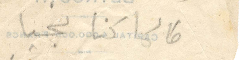
طالما كنا نجيا